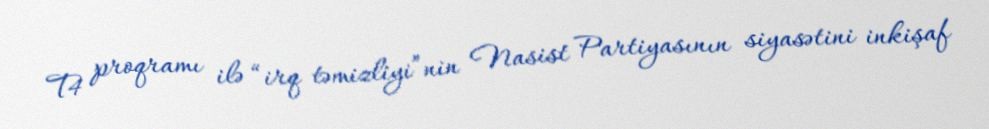
T4 proqramı ilə “irq təmizliyi”nin Nasist Partiyasının siyasətini inkişaf